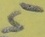
Text: 5